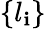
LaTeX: \left\{ l_{\mathbf{i}}\right\}